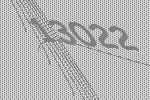
13022